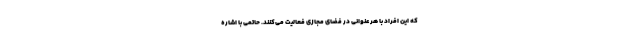
که این افراد با هر عنوانی در فضای مجازی فعالیت می‌کنند. حاتمی با اشاره